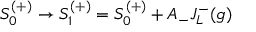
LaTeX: S _ { 0 } ^ { ( + ) } \rightarrow S _ { 1 } ^ { ( + ) } = S _ { 0 } ^ { ( + ) } + A _ { - } J _ { L } ^ { - } ( g )